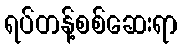
ရပ်တန့်စစ်ဆေးရာ